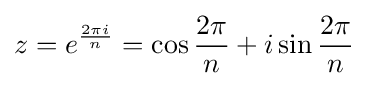
z=e^{\frac {2\pi i}{n}}=\cos {\frac {2\pi }{n}}+i\sin {\frac {2\pi }{n}}